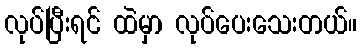
လုပ်ပြီးရင် ထဲမှာ လုပ်ပေးသေးတယ်။